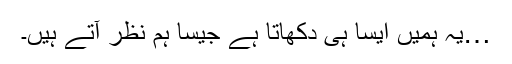
…یہ ہمیں ایسا ہی دکھاتا ہے جیسا ہم نظر آتے ہیں۔